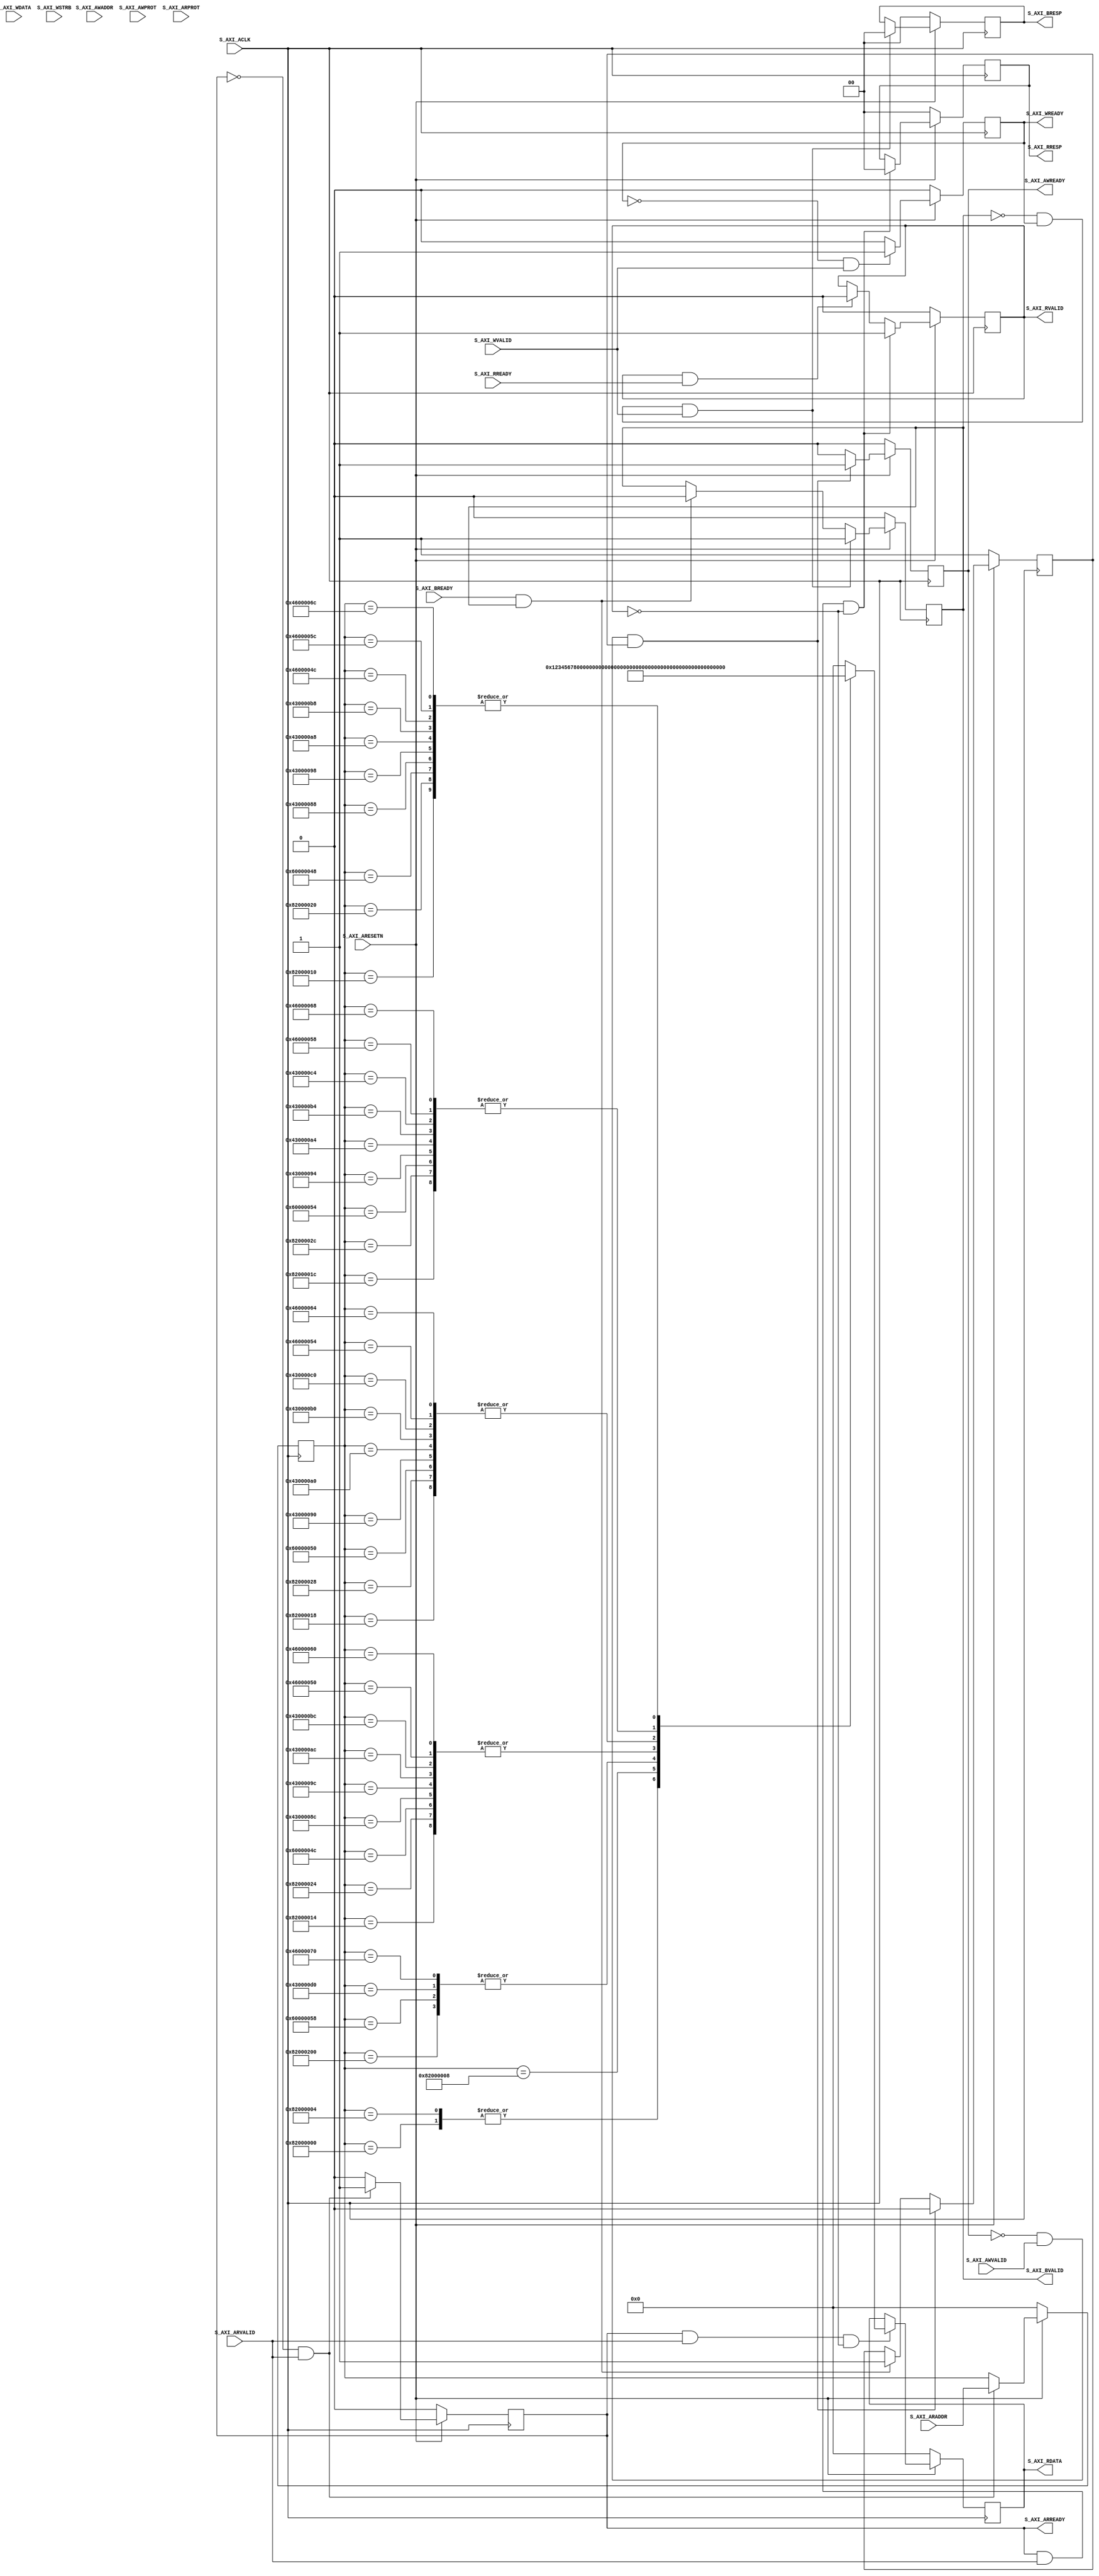

//`timescale 1 ns / 1 ps

	module slave_wrapper #
	(
		// Users to add parameters here
        parameter integer DATA_W = 128,      //data width
        parameter integer KEY_L = 128,       //key length
        parameter integer NO_ROUNDS = 10,     //number of rounds
		// User parameters ends
		// Do not modify the parameters beyond this line

		// Width of S_AXI data bus
		parameter integer C_S_AXI_DATA_WIDTH	= 32,
		// Width of S_AXI address bus
		parameter integer C_S_AXI_ADDR_WIDTH	= 32
	)
	(
		// Users to add ports here
		// User ports ends
		// Do not modify the ports beyond this line

		// Global Clock Signal
		input wire  S_AXI_ACLK,
		// Global Reset Signal. This Signal is Active LOW
		input wire  S_AXI_ARESETN,
		// Write address (issued by master, acceped by Slave)
		input wire [C_S_AXI_ADDR_WIDTH-1 : 0] S_AXI_AWADDR,
		// Write channel Protection type. This signal indicates the
    		// privilege and security level of the transaction, and whether
    		// the transaction is a data access or an instruction access.
		input wire [2 : 0] S_AXI_AWPROT,
		// Write address valid. This signal indicates that the master signaling
    		// valid write address and control information.
		input wire  S_AXI_AWVALID,
		// Write address ready. This signal indicates that the slave is ready
    		// to accept an address and associated control signals.
		output wire  S_AXI_AWREADY,
		// Write data (issued by master, acceped by Slave) 
		input wire [C_S_AXI_DATA_WIDTH-1 : 0] S_AXI_WDATA,
		// Write strobes. This signal indicates which byte lanes hold
    		// valid data. There is one write strobe bit for each eight
    		// bits of the write data bus.    
		input wire [(C_S_AXI_DATA_WIDTH/8)-1 : 0] S_AXI_WSTRB,
		// Write valid. This signal indicates that valid write
    		// data and strobes are available.
		input wire  S_AXI_WVALID,
		// Write ready. This signal indicates that the slave
    		// can accept the write data.
		output wire  S_AXI_WREADY,
		// Write response. This signal indicates the status
    		// of the write transaction.
		output wire [1 : 0] S_AXI_BRESP,
		// Write response valid. This signal indicates that the channel
    		// is signaling a valid write response.
		output wire  S_AXI_BVALID,
		// Response ready. This signal indicates that the master
    		// can accept a write response.
		input wire  S_AXI_BREADY,
		// Read address (issued by master, acceped by Slave)
		input wire [C_S_AXI_ADDR_WIDTH-1 : 0] S_AXI_ARADDR,
		// Protection type. This signal indicates the privilege
    		// and security level of the transaction, and whether the
    		// transaction is a data access or an instruction access.
		input wire [2 : 0] S_AXI_ARPROT,
		// Read address valid. This signal indicates that the channel
    		// is signaling valid read address and control information.
		input wire  S_AXI_ARVALID,
		// Read address ready. This signal indicates that the slave is
    		// ready to accept an address and associated control signals.
		output wire  S_AXI_ARREADY,
		// Read data (issued by slave)
		output wire [C_S_AXI_DATA_WIDTH-1 : 0] S_AXI_RDATA,
		// Read response. This signal indicates the status of the
    		// read transfer.
		output wire [1 : 0] S_AXI_RRESP,
		// Read valid. This signal indicates that the channel is
    		// signaling the required read data.
		output wire  S_AXI_RVALID,
		// Read ready. This signal indicates that the master can
    		// accept the read data and response information.
		input wire  S_AXI_RREADY
	);



	// AXI4LITE signals
	reg [C_S_AXI_ADDR_WIDTH-1 : 0] 	axi_awaddr;
	reg  	axi_awready;
	reg  	axi_wready;
	reg [1 : 0] 	axi_bresp;
	reg  	axi_bvalid;
	reg [C_S_AXI_ADDR_WIDTH-1 : 0] 	axi_araddr;
	reg  	axi_arready;
	reg [C_S_AXI_DATA_WIDTH-1 : 0] 	axi_rdata;
	reg [1 : 0] 	axi_rresp;
	reg  	axi_rvalid;

	// Example-specific design signals
	// local parameter for addressing 32 bit / 64 bit C_S_AXI_DATA_WIDTH
	// ADDR_LSB is used for addressing 32/64 bit registers/memories
	// ADDR_LSB = 2 for 32 bits (n downto 2)
	// ADDR_LSB = 3 for 64 bits (n downto 3)
	localparam integer ADDR_LSB = (C_S_AXI_DATA_WIDTH/32) + 1; 
	localparam integer OPT_MEM_ADDR_BITS = 4;
	//----------------------------------------------
	//-- Signals for user logic register space example
	//------------------------------------------------
	//-- Number of Slave Registers 13
	reg [C_S_AXI_DATA_WIDTH-1:0]	slv_reg0;
	wire	 slv_reg_rden;
	wire	 slv_reg_wren;
	reg [C_S_AXI_DATA_WIDTH-1:0]	 reg_data_out;
	integer	 byte_index;
	reg	 aw_en;

	// I/O Connections assignments

	assign S_AXI_AWREADY	= axi_awready;
	assign S_AXI_WREADY	= axi_wready;
	assign S_AXI_BRESP	= axi_bresp;
	assign S_AXI_BVALID	= axi_bvalid;
	assign S_AXI_ARREADY	= axi_arready;
	assign S_AXI_RDATA	= axi_rdata;
	assign S_AXI_RRESP	= axi_rresp;
	assign S_AXI_RVALID	= axi_rvalid;
	// Implement axi_awready generation
	// axi_awready is asserted for one S_AXI_ACLK clock cycle when both
	// S_AXI_AWVALID and S_AXI_WVALID are asserted. axi_awready is
	// de-asserted when reset is low.

	always @( posedge S_AXI_ACLK )
	begin
	  if ( S_AXI_ARESETN == 1'b0 )
	    begin
	      axi_awready <= 1'b0;
	      aw_en <= 1'b1;
	    end 
	  else
	    begin    
	      //if (~axi_awready && S_AXI_AWVALID && S_AXI_WVALID && aw_en) // mash
	      if (~axi_awready && S_AXI_AWVALID && aw_en)
	        begin
	          // slave is ready to accept write address when 
	          // there is a valid write address and write data
	          // on the write address and data bus. This design 
	          // expects no outstanding transactions. 
	          axi_awready <= 1'b1;
	          aw_en <= 1'b0;
	        end
	        else if (S_AXI_BREADY && axi_bvalid)
	            begin
	              aw_en <= 1'b1;
	              axi_awready <= 1'b0;
	            end
	      else           
	        begin
	          axi_awready <= 1'b0;
	        end
	    end 
	end       

	// Implement axi_awaddr latching
	// This process is used to latch the address when both 
	// S_AXI_AWVALID and S_AXI_WVALID are valid. 

	always @( posedge S_AXI_ACLK )
	begin
	  if ( S_AXI_ARESETN == 1'b0 )
	    begin
	      axi_awaddr <= 0;
	    end 
	  else
	    begin    
	      //if (~axi_awready && S_AXI_AWVALID && S_AXI_WVALID && aw_en) // mash
	      if (~axi_awready && S_AXI_AWVALID && aw_en)
	        begin
	          // Write Address latching 
	          axi_awaddr <= S_AXI_AWADDR;
	        end
	    end 
	end       

	// Implement axi_wready generation
	// axi_wready is asserted for one S_AXI_ACLK clock cycle when both
	// S_AXI_AWVALID and S_AXI_WVALID are asserted. axi_wready is 
	// de-asserted when reset is low. 

	always @( posedge S_AXI_ACLK )
	begin
	  if ( S_AXI_ARESETN == 1'b0 )
	    begin
	      axi_wready <= 1'b0;
	    end 
	  else
	    begin    
	      //if (~axi_wready && S_AXI_WVALID && S_AXI_AWVALID && aw_en ) // mash
	      if (~axi_wready && S_AXI_WVALID )
	        begin
	          // slave is ready to accept write data when 
	          // there is a valid write address and write data
	          // on the write address and data bus. This design 
	          // expects no outstanding transactions. 
	          axi_wready <= 1'b1;
	        end
	      else
	        begin
	          axi_wready <= 1'b0;
	        end
	    end 
	end       

	// Implement memory mapped register select and write logic generation
	// The write data is accepted and written to memory mapped registers when
	// axi_awready, S_AXI_WVALID, axi_wready and S_AXI_WVALID are asserted. Write strobes are used to
	// select byte enables of slave registers while writing.
	// These registers are cleared when reset (active low) is applied.
	// Slave register write enable is asserted when valid address and data are available
	// and the slave is ready to accept the write address and write data.
	//assign slv_reg_wren = axi_wready && S_AXI_WVALID && axi_awready && S_AXI_AWVALID;  // mash
	assign slv_reg_wren = axi_wready && S_AXI_WVALID; 

	always @( posedge S_AXI_ACLK )
	begin
	  if ( S_AXI_ARESETN == 1'b0 )
	    begin
	      slv_reg0 <= 0;
	    end 
	  else begin
	    if (slv_reg_wren)
	      begin
	        for ( byte_index = 0; byte_index <= (C_S_AXI_DATA_WIDTH/8)-1; byte_index = byte_index+1 )
	          if ( S_AXI_WSTRB[byte_index] == 1 ) begin
	            // Respective byte enables are asserted as per write strobes 
	            // Slave register 0
	            slv_reg0[(byte_index*8) +: 8] <= S_AXI_WDATA[(byte_index*8) +: 8];
	          end  
	      end
	  end
	end    

	// Implement write response logic generation
	// The write response and response valid signals are asserted by the slave 
	// when axi_wready, S_AXI_WVALID, axi_wready and S_AXI_WVALID are asserted.  
	// This marks the acceptance of address and indicates the status of 
	// write transaction.

	always @( posedge S_AXI_ACLK )
	begin
	  if ( S_AXI_ARESETN == 1'b0 )
	    begin
	      axi_bvalid  <= 0;
	      axi_bresp   <= 2'b0;
	    end 
	  else
	    begin    
	      //if (axi_awready && S_AXI_AWVALID && ~axi_bvalid && axi_wready && S_AXI_WVALID) // mash
	      if (~axi_bvalid && axi_wready && S_AXI_WVALID)
	        begin
	          // indicates a valid write response is available
	          axi_bvalid <= 1'b1;
	          axi_bresp  <= 2'b0; // 'OKAY' response 
	        end                   // work error responses in future
	      else
	        begin
	          if (S_AXI_BREADY && axi_bvalid) 
	            //check if bready is asserted while bvalid is high) 
	            //(there is a possibility that bready is always asserted high)   
	            begin
	              axi_bvalid <= 1'b0; 
	            end  
	        end
	    end
	end   

	// Implement axi_arready generation
	// axi_arready is asserted for one S_AXI_ACLK clock cycle when
	// S_AXI_ARVALID is asserted. axi_awready is 
	// de-asserted when reset (active low) is asserted. 
	// The read address is also latched when S_AXI_ARVALID is 
	// asserted. axi_araddr is reset to zero on reset assertion.

	always @( posedge S_AXI_ACLK )
	begin
	  if ( S_AXI_ARESETN == 1'b0 )
	    begin
	      axi_arready <= 1'b0;
	      axi_araddr  <= 32'b0;
	    end 
	  else
	    begin    
	      if (~axi_arready && S_AXI_ARVALID)
	        begin
	          // indicates that the slave has acceped the valid read address
	          axi_arready <= 1'b1;
	          // Read address latching
	          axi_araddr  <= S_AXI_ARADDR;
	        end
	      else
	        begin
	          axi_arready <= 1'b0;
	        end
	    end 
	end       

	// Implement axi_arvalid generation
	// axi_rvalid is asserted for one S_AXI_ACLK clock cycle when both 
	// S_AXI_ARVALID and axi_arready are asserted. The slave registers 
	// data are available on the axi_rdata bus at this instance. The 
	// assertion of axi_rvalid marks the validity of read data on the 
	// bus and axi_rresp indicates the status of read transaction.axi_rvalid 
	// is deasserted on reset (active low). axi_rresp and axi_rdata are 
	// cleared to zero on reset (active low).  
	always @( posedge S_AXI_ACLK )
	begin
	  if ( S_AXI_ARESETN == 1'b0 )
	    begin
	      axi_rvalid <= 0;
	      axi_rresp  <= 0;
	    end 
	  else
	    begin    
	      if (axi_arready && S_AXI_ARVALID && ~axi_rvalid)
	        begin
	          // Valid read data is available at the read data bus
	          axi_rvalid <= 1'b1;
	          axi_rresp  <= 2'b0; // 'OKAY' response
	        end   
	      else if (axi_rvalid && S_AXI_RREADY)
	        begin
	          // Read data is accepted by the master
	          axi_rvalid <= 1'b0;
	        end                
	    end
	end    

	// Implement memory mapped register select and read logic generation
	// Slave register read enable is asserted when valid address is available
	// and the slave is ready to accept the read address.
	assign slv_reg_rden = axi_arready & S_AXI_ARVALID & ~axi_rvalid;
	always @(*)
	begin
              case ( axi_araddr )
                // DRAM
                32'h82000000   : reg_data_out <= 32'h12345678;
                32'h82000004   : reg_data_out <= 32'h12345678;
                32'h82000008   : reg_data_out <= 32'h5;
                32'h82000010   : reg_data_out <= 32'hA0B0C0D0; 
                32'h82000014   : reg_data_out <= 32'hE0F0A1B1;
                32'h82000018   : reg_data_out <= 32'hC1D1E1F1;
                32'h8200001C   : reg_data_out <= 32'hA2B2C2D2;
                32'h82000020   : reg_data_out <= 32'hA0B0C0D0;
                32'h82000024   : reg_data_out <= 32'hE0F0A1B1;
                32'h82000028   : reg_data_out <= 32'hC1D1E1F1;
                32'h8200002C   : reg_data_out <= 32'hA2B2C2D2;
                32'h82000200   : reg_data_out <= 32'h1;

                // TRNG
                32'h60000058   : reg_data_out <= 32'h1;
                32'h60000048   : reg_data_out <= 32'hA0B0C0D0;
                32'h6000004C   : reg_data_out <= 32'hE0F0A1B1;
                32'h60000050   : reg_data_out <= 32'hC1D1E1F1;
                32'h60000054   : reg_data_out <= 32'hA2B2C2D2;

                // HASH
                32'h430000D0   : reg_data_out <= 32'h1;
                32'h43000088   : reg_data_out <= 32'hA0B0C0D0;
                32'h4300008C   : reg_data_out <= 32'hE0F0A1B1;
                32'h43000090   : reg_data_out <= 32'hC1D1E1F1;
                32'h43000094   : reg_data_out <= 32'hA2B2C2D2;
                32'h43000098   : reg_data_out <= 32'hA0B0C0D0;
                32'h4300009C   : reg_data_out <= 32'hE0F0A1B1;
                32'h430000A0   : reg_data_out <= 32'hC1D1E1F1;
                32'h430000A4   : reg_data_out <= 32'hA2B2C2D2;
                32'h430000A8   : reg_data_out <= 32'hA0B0C0D0;
                32'h430000AC   : reg_data_out <= 32'hE0F0A1B1;
                32'h430000B0   : reg_data_out <= 32'hC1D1E1F1;
                32'h430000B4   : reg_data_out <= 32'hA2B2C2D2;
                32'h430000B8   : reg_data_out <= 32'hA0B0C0D0;
                32'h430000BC   : reg_data_out <= 32'hE0F0A1B1;
                32'h430000C0   : reg_data_out <= 32'hC1D1E1F1;
                32'h430000C4   : reg_data_out <= 32'hA2B2C2D2;

                // DH
                32'h46000070   : reg_data_out <= 32'h1;
                32'h4600004C   : reg_data_out <= 32'hA0B0C0D0;
                32'h46000050   : reg_data_out <= 32'hE0F0A1B1;
                32'h46000054   : reg_data_out <= 32'hC1D1E1F1;
                32'h46000058   : reg_data_out <= 32'hA2B2C2D2;
                32'h4600005C   : reg_data_out <= 32'hA0B0C0D0;
                32'h46000060   : reg_data_out <= 32'hE0F0A1B1;
                32'h46000064   : reg_data_out <= 32'hC1D1E1F1;
                32'h46000068   : reg_data_out <= 32'hA2B2C2D2;
                32'h4600006C   : reg_data_out <= 32'hA0B0C0D0;


                default : reg_data_out <= 0;
              endcase

	end

	// Output register or memory read data
	always @( posedge S_AXI_ACLK )
	begin
	  if ( S_AXI_ARESETN == 1'b0 )
	    begin
	      axi_rdata  <= 0;
	    end 
	  else
	    begin    
	      // When there is a valid read address (S_AXI_ARVALID) with 
	      // acceptance of read address by the slave (axi_arready), 
	      // output the read dada 
	      if (slv_reg_rden)
	        begin
	          axi_rdata <= reg_data_out;     // register read data
	        end   
	    end
	end    

	// Add user logic here
	// User logic ends
endmodule